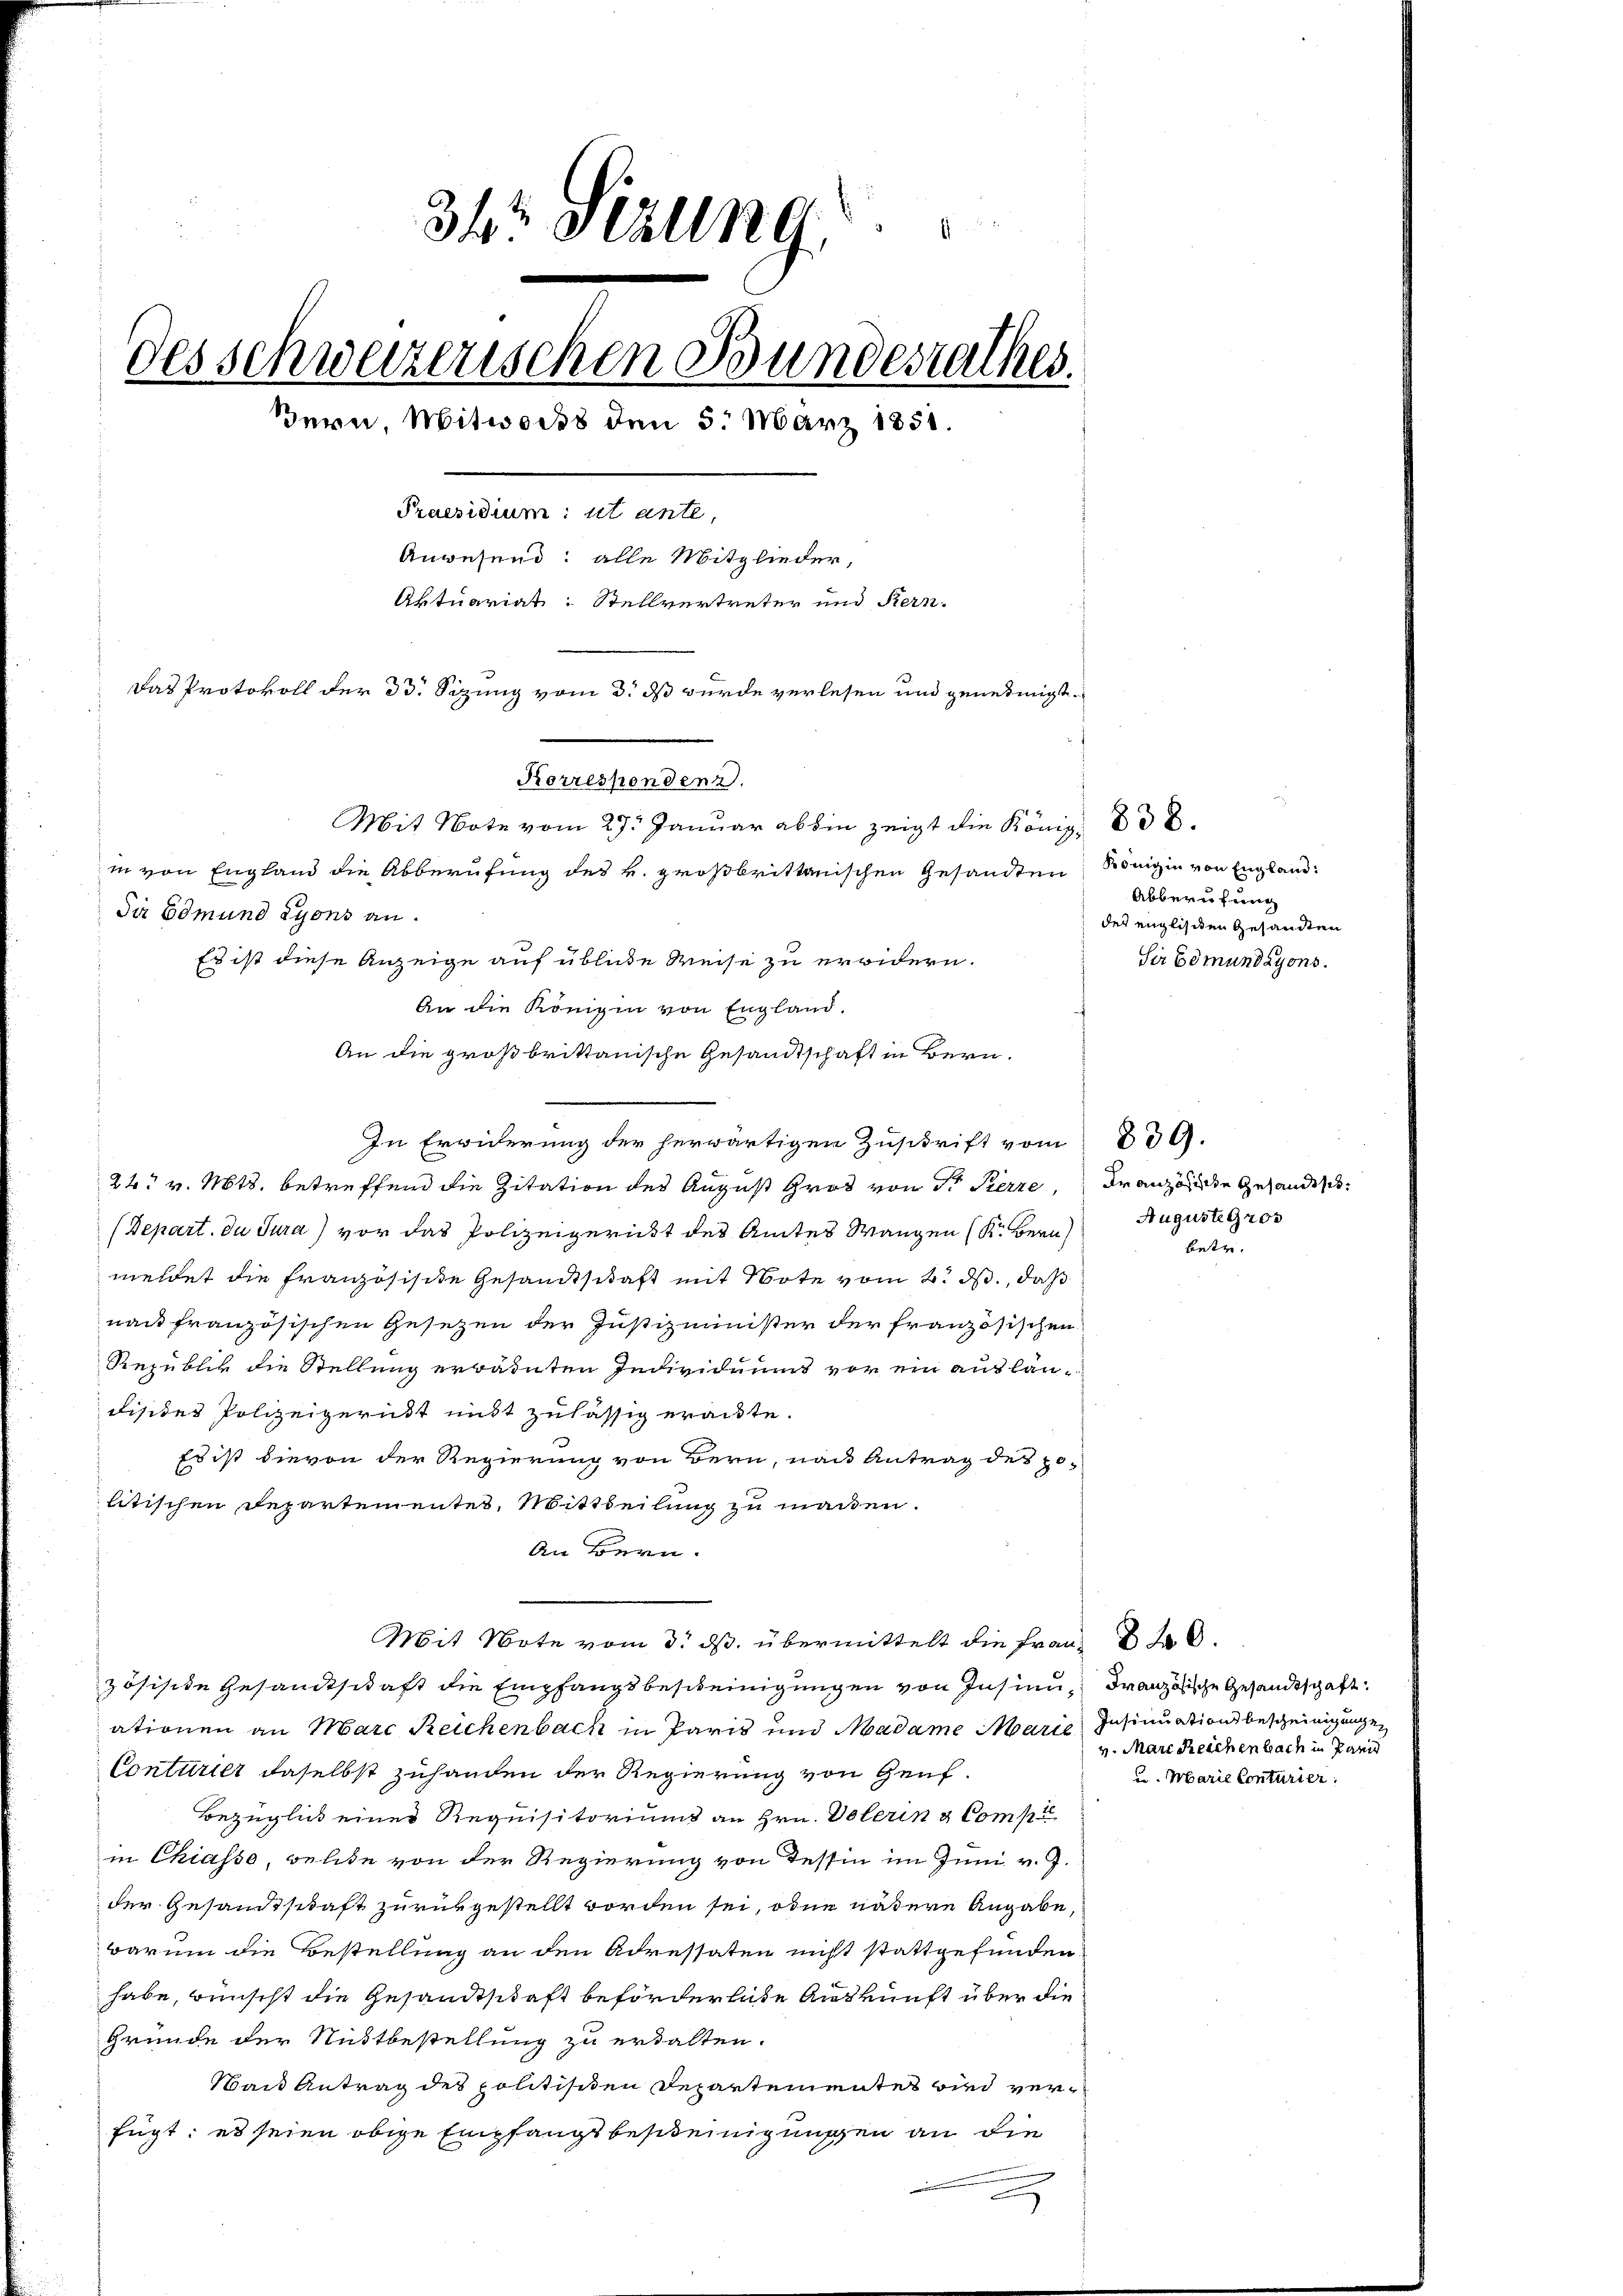
34 Ställng
des schweizerischen Bundesrathes.
Bern, Mitworts den 5. März 1858.
dundum.
Anwesend: alle Mitglieder,
Aktuariat: Stellvertreter und Kern-
Das Protokoll der 33. Sizung vom 3. ds wurde verlesen und genehmigt
Korrespendenz
Mit Note vom 27. Januar ab bin zeigt die Königl. 808.
in von England die Abberufung des v. großbrittanischen Gesandten Königin von England¬
Di Edmund Syons an.
Es ist diese Anzeige auf üblide Reise zu erwidern.

An die Königin von England.
An die großbrittanische Gesandtschaft in Bern.

In Erwiderung der herwärtigen Zuschrift vom
24. v. Mts. betreffend die Zitation des August Groß von Dr Pierre, Französische Gesandtsch
(Depart. du Jura) vor das Polizeigericht des Amtes Wangen (Kr. Bern
meldet die französische Gesandtschaft mit Note vom 4. ds., daß
nach französischen Gesetzen der Justizminister der französischen
Republik die Stellung errädenten Individuums vor ein auslän¬
Fisites Polizeigernst mitt zulässig erackte.
Es ist dievon der Regierung von Bern, nach Antrag des Jolitischen Departementes, Mittheilung zu machen.
An Bern.
Mit Note vom 3. ds. übermittelt die Frau 340.
zösische Gesandtschaft die Empfangsbescheinigungen von Insinu, Französische Gesandtschaft
ationen an Marc Reichenbach in Paris und Madame Marie Insinuation bescheinigungen
Conturier daselbst zuhanden der Regierung von Genf.
Bezüglich einer Requisitoriums an Hrn. Volerin & Compa
in Chiasso, welche von der Regierung von Tessin im Juni v. J.
der Gesandtschaft zurükgestellt worden sei, oder vätere Angabe,
warum die Bestellung an den Adressaten nicht stattgefunden.
habe, wünscht die Gesandtschaft beförderliche Auskunft über die
Grunde der Nidtbestellung zu erhalten.
Wand Antrag des politischen Departementes bei verfügt: es seien obige Empfangsbescheinigungen an die

Abberufung
des englischen Gesandten
Sir Edmundayons.

Auguste gros

839.

v. Mare Reichenbach in Pari
u. Marie Conturier.

betr.